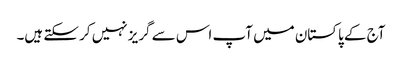
آج کے پاکستان میں آپ اس سے گریز نہیں کر سکتے ہیں۔